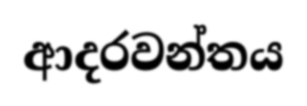
ආදරවන්තය